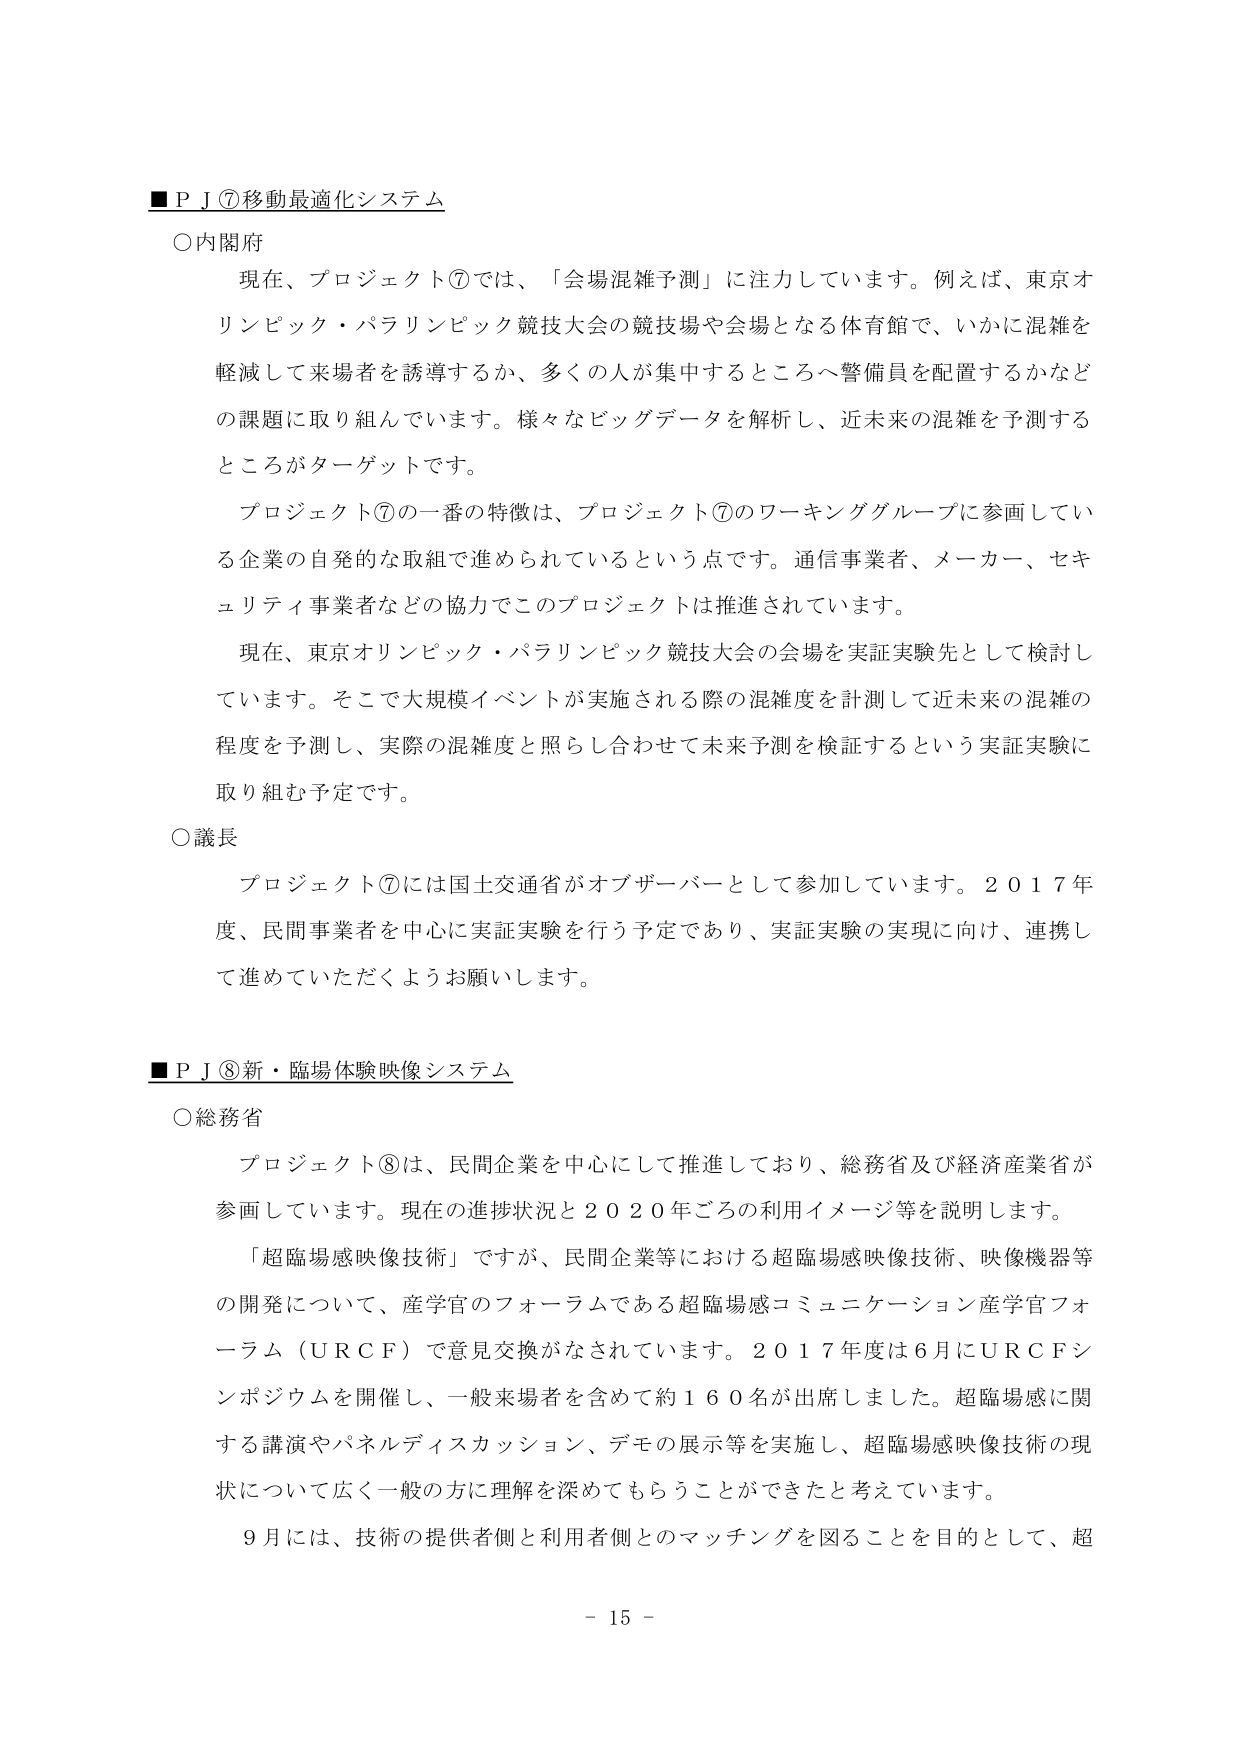
■ＰＪ⑦移動最適化システム

○内閣府
現在、プロジェクト⑦では、「会場混雑予測」に注力しています。例えば、東京オリンピック・パラリンピック競技大会の競技場や会場となる体育館で、いかに混雑を軽減して来場者を誘導するか、多くの人が集中するところへ警備員を配置するかなどの課題に取り組んでいます。様々なビッグデータを解析し、近未来の混雑を予測するところがターゲットです。
プロジェクト⑦の一番の特徴は、プロジェクト⑦のワーキンググループに参画している企業の自発的な取組で進められているという点です。通信事業者、メーカー、セキュリティ事業者などの協力でこのプロジェクトは推進されています。
現在、東京オリンピック・パラリンピック競技大会の会場を実証実験先として検討しています。そこで大規模イベントが実施される際の混雑度を計測して近未来の混雑の程度を予測し、実際の混雑度と照らし合わせて未来予測を検証するという実証実験に取り組む予定です。

○議長
プロジェクト⑦には国土交通省がオブザーバーとして参加しています。２０１７年度、民間事業者を中心に実証実験を行う予定であり、実証実験の実現に向け、連携して進めていただくようお願いします。

■ＰＪ⑧新・臨場体験映像システム

○総務省
プロジェクト⑧は、民間企業を中心にして推進しており、総務省及び経済産業省が参画しています。現在の進捗状況と２０２０年ごろの利用イメージ等を説明します。
「超臨場感映像技術」ですが、民間企業等における超臨場感映像技術、映像機器等の開発について、産学官のフォーラムである超臨場感コミュニケーション産学官フォーラム（ＵＲＣＦ）で意見交換がなされています。２０１７年度は６月にＵＲＣＦシンポジウムを開催し、一般来場者を含めて約１６０名が出席しました。超臨場感に関する講演やパネルディスカッション、デモの展示等を実施し、超臨場感映像技術の現状について広く一般の方に理解を深めてもらうことができたと考えています。
９月には、技術の提供者側と利用者側とのマッチングを図ることを目的として、超

－ 15 －